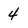
Character: 4